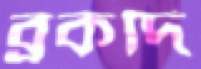
ব্রকদি